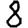
Digit: 8